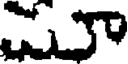
స